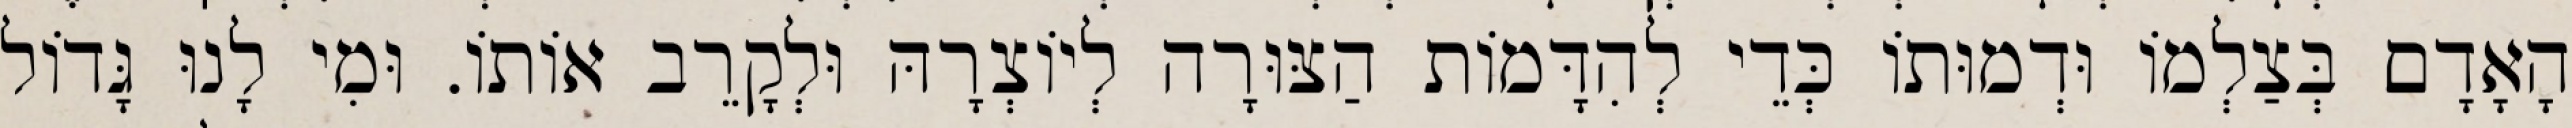
הָאָדָם בְּצַלְמוֹ וּדְמוּתוֹ כְּדֵי לְהִדָּמוֹת הַצּוּרָה לְיוֹצְרָהּ וּלְקָרֵב אוֹתוֹ. וּמִי לָנוּ גָּדוֹל